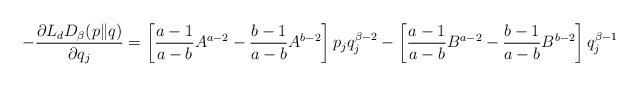
LaTeX: \begin{align*}-\frac{\partial L_{d}D_{\beta}(p\|q)}{\partial q_{j}}=\left[\frac{a-1}{a-b}A^{a-2}-\frac{b-1}{a-b}A^{b-2}\right]p_{j}q^{\beta-2}_{j}-\left[\frac{a-1}{a-b}B^{a-2}-\frac{b-1}{a-b}B^{b-2}\right]q^{\beta-1}_{j}\end{align*}